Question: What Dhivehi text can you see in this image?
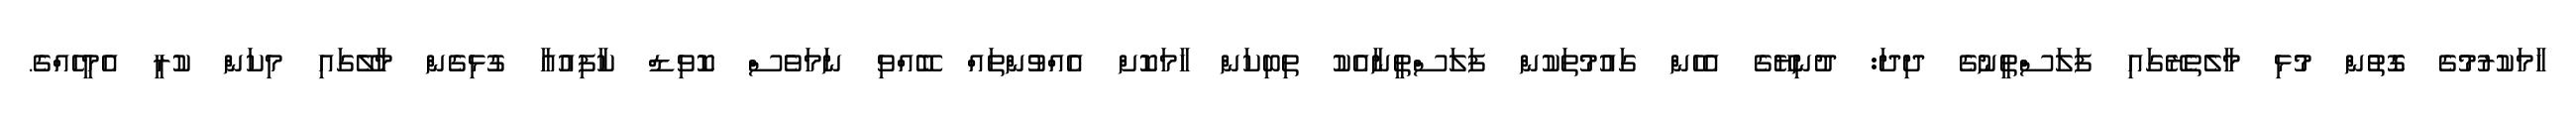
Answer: ހާމަކުރުމުގެ ގޮތުން މުޅި މާލެތެރޭގައި ފަލަސްތީނުގެ ދިދަ: ދުނިޔޭގެ އެހެން ގައުމުތަކުން ފަލަސްތީނާއެކު ތިބިކަން ހާމަކޮށް އެއްވުންތައް ބޭއްވި ނަމަވެސް ކޮވިޑް ކާފިއުއާ ގުޅިގެން މާލޭގައި މިކަން ކުރީ އެމީހެއްގެ.